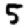
Digit: 5